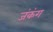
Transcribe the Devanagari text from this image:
जंकंग